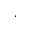
.